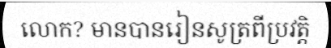
លោក? មានបានរៀនសូត្រពីប្រវត្តិ